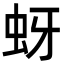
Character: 蚜